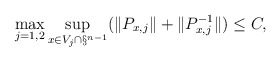
\begin{align*} \max_{j=1,2} \sup_{x \in V_j \cap \S^{n-1}}(\|P_{x,j}\| + \|P_{x,j}^{-1}\|) \le C,\end{align*}